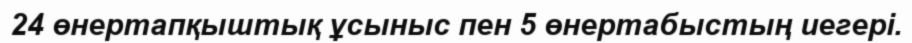
24 өнертапқыштық ұсыныс пен 5 өнертабыстың иегері.